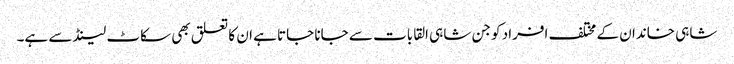
شاہی خاندان کے مختلف افراد کو جن شاہی القابات سے جانا جاتا ہے ان کا تعلق بھی سکاٹ لینڈ سے ہے۔